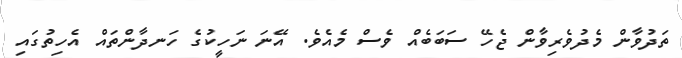
ތަދުވާން މެދުވެރިވާން ޖެހޭ ސަބަބެއް ވެސް މެއެވެ. އޭނަ ނަހީކުގެ ހަނދާންތައް އެހިތުގައި